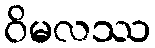
ဝိမလဿ